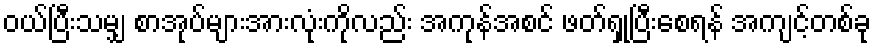
ဝယ်ပြီးသမျှ စာအုပ်များအားလုံးကိုလည်း အကုန်အစင် ဖတ်ရှုပြီးစေရန် အကျင့်တစ်ခု